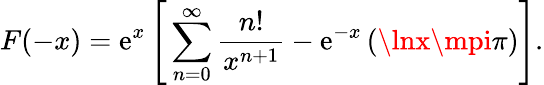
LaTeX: F(-x)=\mathrm{e}^{x}\left[\, \sum_{n=0}^{\infty}\frac{{n!}}{{x^{n+1}}}-\mathrm{e}^{-x}\left(\lnx\mpi\pi\right)\right].